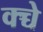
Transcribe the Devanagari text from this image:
क्च्चे